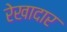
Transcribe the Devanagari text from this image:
रेखादार